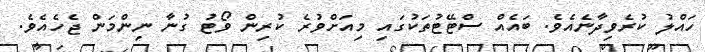
ހައްލު ކުރެވިދާނެއެވެ. ބައެއް ސްޓޭޓުތަކުގައި މިއަށްވުރެ ކުރިން ވޯޓު ގުނާ ނިންމަން ޖެހެއެވެ.